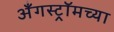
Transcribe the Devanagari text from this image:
अँगस्ट्रॉमच्या